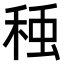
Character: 𮃅